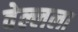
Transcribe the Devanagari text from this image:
वेल्लला